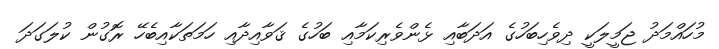
މުހައްމަދު ޖަމީލަކީ ދިވެހިބަހުގެ އަދަބާއި ޅެންވެރިކަމާއި ބަހުގެ ޤަވާއިދާއި ހަމަތަކާއިބެހޭ ރޮގުން ކުލަގަދަ